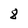
Character: 8